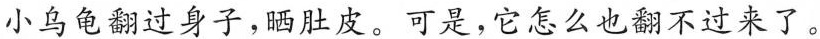
小乌龟翻过身子，晒肚皮。可是，它怎么也翻不过来了。